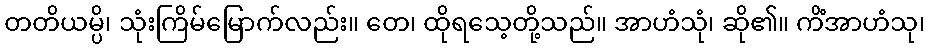
တတိယမ္ပိ၊ သုံးကြိမ်မြောက်လည်း။ တေ၊ ထိုရသေ့တို့သည်။ အာဟံသုံ၊ ဆို၏။ ကိံအာဟံသု၊